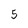
Character: 5